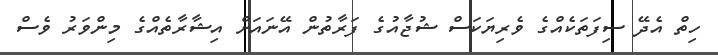
ހިތް އެދޭ ސިފަތަކެއްގެ ވެރިޔަކަސް ޝުޖާއުގެ ފަރާތުން އޭނައަށް އިޝާރާތެއްގެ މިންވަރު ވެސް